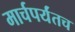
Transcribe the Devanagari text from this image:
मार्चपर्यंतच